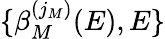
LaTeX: \{ \beta_{M}^{(j_{M})}(E),E\}